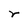
Character: r